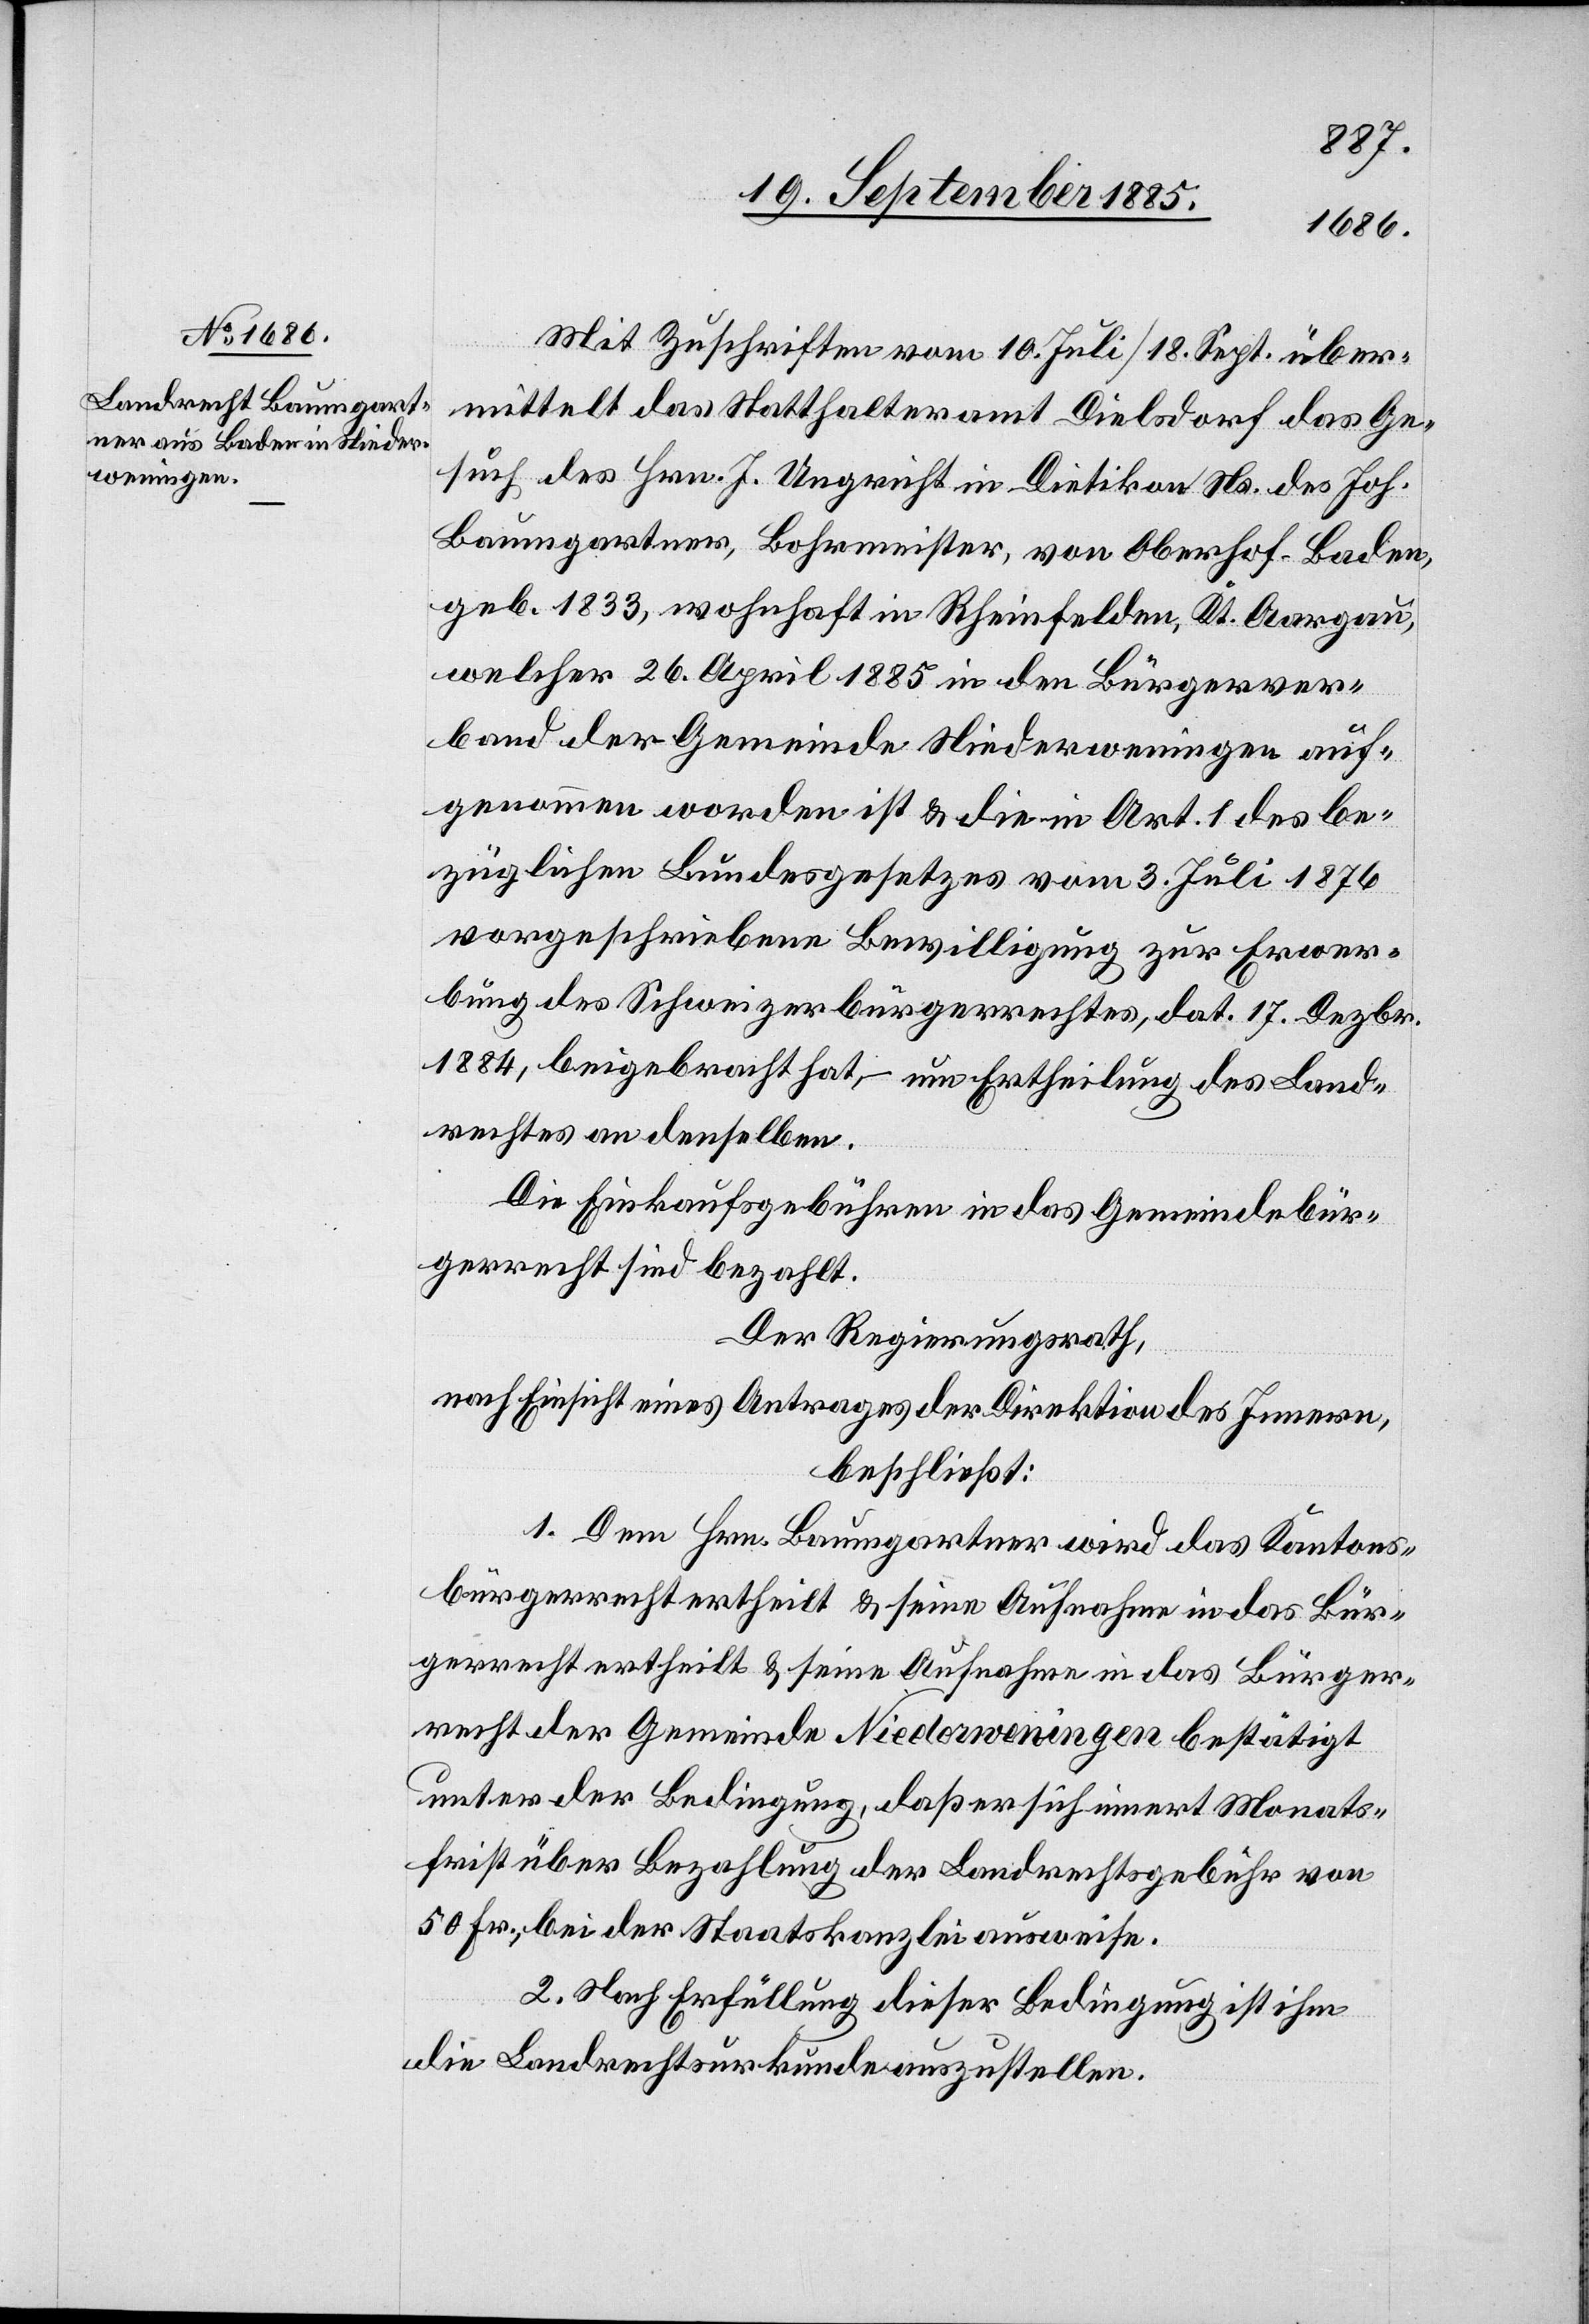
Mit Zuschriften vom 10. Juli/18. Sept. über¬
mittelt das Statthalteramt Dielsdorf das Ge¬
such des Hrn. J. Ungricht in Dietikon Ns. des Joh.
Baumgartner, Bohrmeister, von Oberhof - Baden,
geb. 1833, wohnhaft in Rheinfelden, Kt. Aargau,
welcher 26. April 1885 in den Bürgerver¬
band der Gemeinde Niederweningen auf¬
genommen worden ist & die in Art. 1 des be¬
züglichen Bundesgesetzes vom 3. Juli 1876
vorgeschriebene Bewilligung zur Erwer¬
bung des Schweizerbürgerrechtes, dat. 17. Dezbr.
1884, beigebracht hat, – um Ertheilung des Land¬
rechtes an denselben.
Die Einkaufsgebühren in das Gemeindebür¬
gerrecht sind bezahlt.
Der Regierungsrath,
nach Einsicht eines Antrages der Direktion des Innern,
beschließt:
1. Dem Hrn. Baumgartner wird das Kantons¬
bürgerrecht ertheilt & seine Aufnahme in das Bür¬
gerrecht ertheilt & seine Aufnahme in das Bürger¬
recht der Gemeinde Niederweningen bestätigt
unter der Bedingung, daß er sich innert Monats¬
frist über Bezahlung der Landrechtsgebühr von
50 Fr., bei der Staatskanzlei ausweise.
2. Nach Erfüllung dieser Bedingung ist ihm
die Landrechtsurkunde auszustellen.